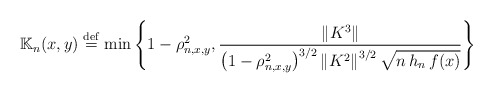
\begin{align*}{\Bbb K}_{n}(x,y)\stackrel{\rm def}{=}\min \left\{ 1-\rho _{n,x,y}^{2},\frac{\left\| K^{3}\right\| }{\left( 1-\rho _{n,x,y}^{2}\right) ^{3/2}\left\|K^{2}\right\| ^{3/2}\sqrt{n\,h_{n}\,f(x)}}\right\} \end{align*}